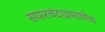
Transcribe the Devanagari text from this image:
सफरचंदाप्रमाणेच